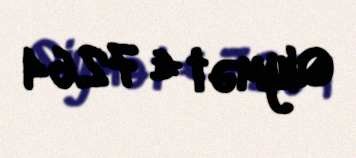
Qiymət € 7264